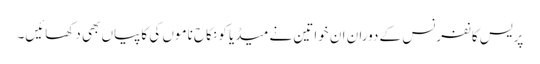
پریس کانفرنس کے دوران ان خواتین نے میڈیا کو نکاح ناموں کی کاپیاں بھی دکھائیں۔